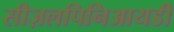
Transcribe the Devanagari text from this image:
सीज़लपिनिआयडी